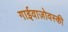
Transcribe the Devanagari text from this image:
गाईवाज़ोवस्की